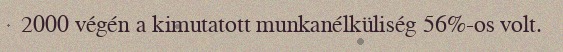
2000 végén a kimutatott munkanélküliség 56%-os volt.